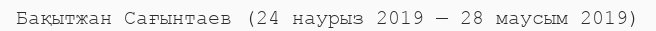
Бақытжан Сағынтаев (24 наурыз 2019 — 28 маусым 2019)